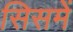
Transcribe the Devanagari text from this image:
सिसमें